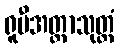
ရူပီအတ္တာသုတ္တံ